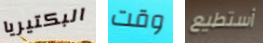
البكتيريا وقت أستطيع